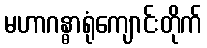
မဟာဂန္ဓာရုံကျောင်းတိုက်